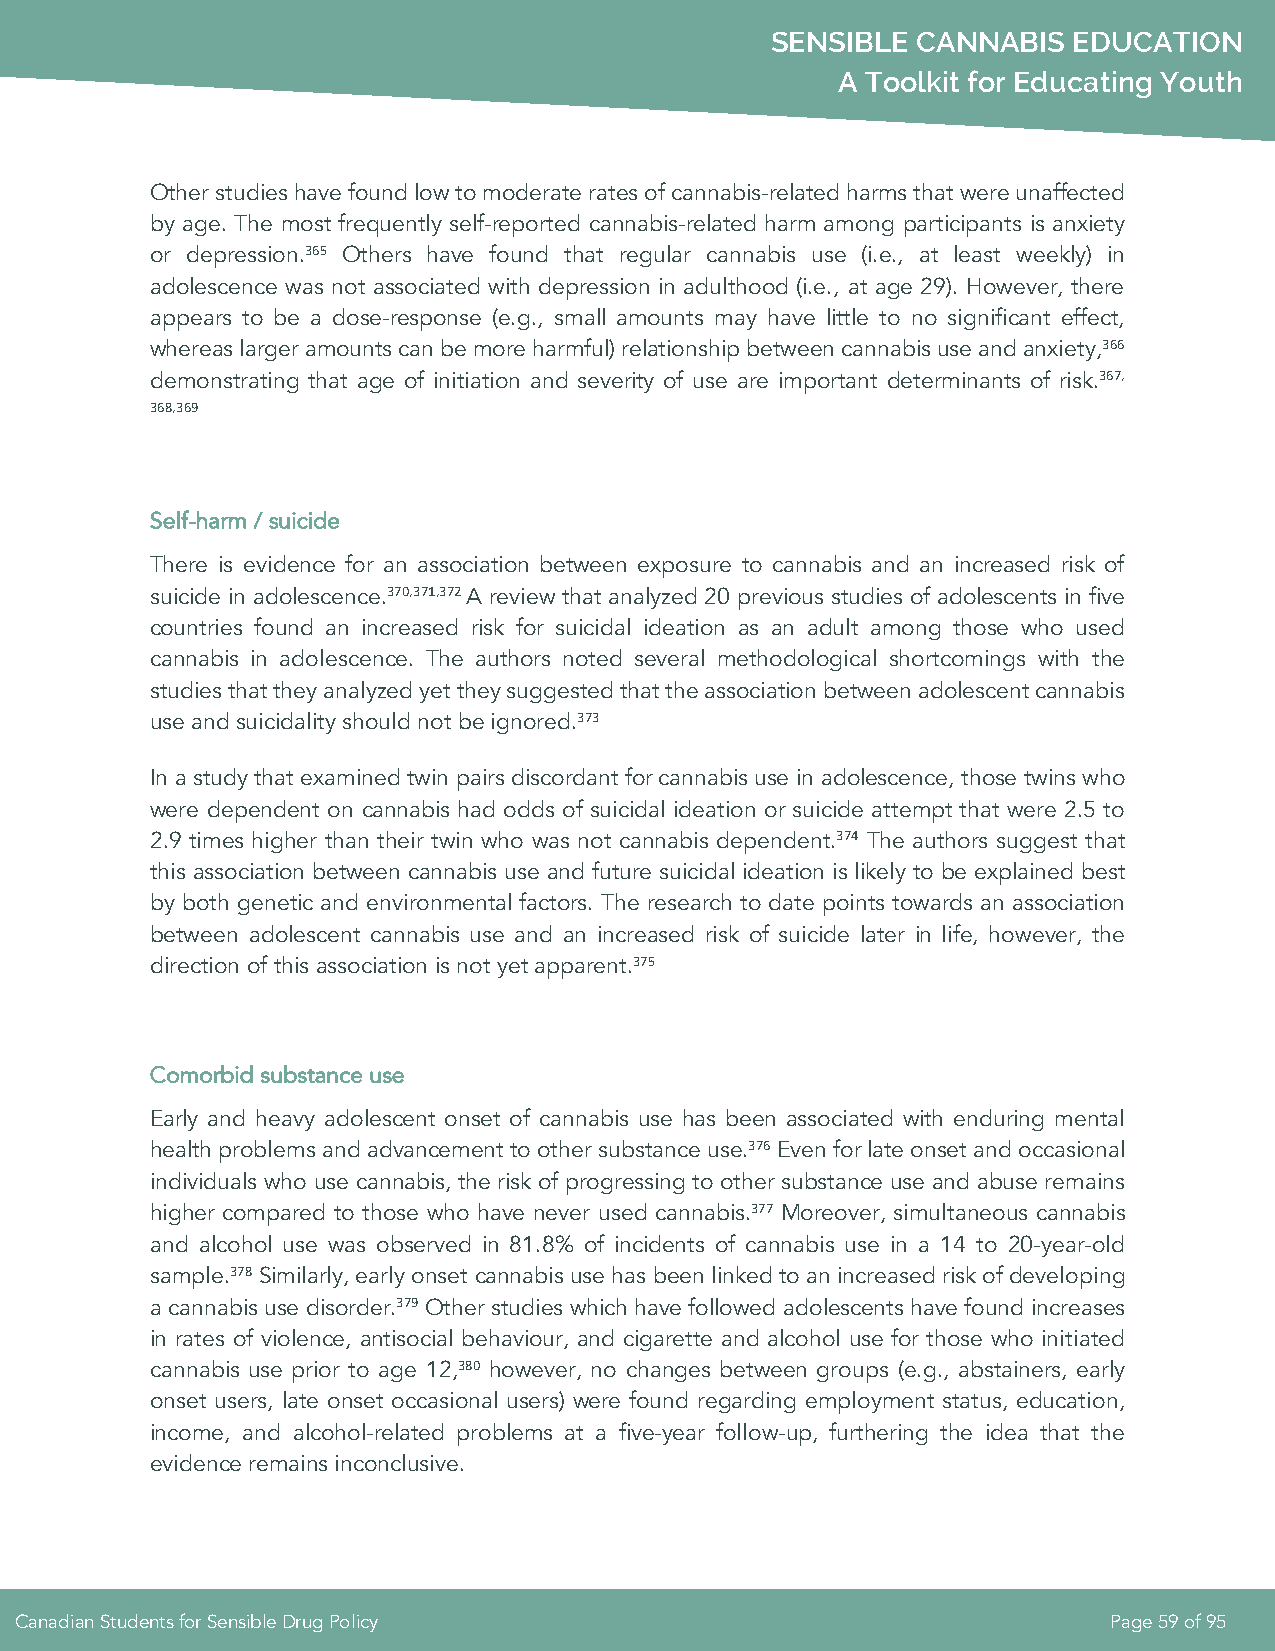
SENSIBLE  CANNABIS  EDUCATION
 A Toolkit for Educating Youth
 Other studies have found low to moderate rates of cannabis-related harms that were unaffected
 by age. The most frequently self-reported cannabis-related harm among participants is anxiety
 or depression.365 Others have found that regular cannabis use (i.e., at least weekly) in
 adolescence was not associated with depression in adulthood (i.e., at age 29). However, there
 appears to be a dose-response (e.g., small amounts may have little to no significant effect,
 whereas larger amounts can be more harmful) relationship between cannabis use and anxiety,366
 demonstrating that age of initiation and severity of use are important determinants of risk.367,
 368,369
 Self-harm / suicide
 There is evidence for an association between exposure to cannabis and an increased risk of
 suicide in adolescence.370,371,372 A review that analyzed 20 previous studies of adolescents in five
 countries found an increased risk for suicidal ideation as an adult among those who used
 cannabis in adolescence. The authors noted several methodological shortcomings with the
 studies that they analyzed yet they suggested that the association between adolescent cannabis
 use and suicidality should not be ignored.373
 In a study that examined twin pairs discordant for cannabis use in adolescence, those twins who
 were dependent on cannabis had odds of suicidal ideation or suicide attempt that were 2.5 to
 2.9 times higher than their twin who was not cannabis dependent.374 The authors suggest that
 this association between cannabis use and future suicidal ideation is likely to be explained best
 by both genetic and environmental factors. The research to date points towards an association
 between adolescent cannabis use and an increased risk of suicide later in life, however, the
 direction of this association is not yet apparent.375
 Comorbid substance use
 Early and heavy adolescent onset of cannabis use has been associated with enduring mental
 health problems and advancement to other substance use.376 Even for late onset and occasional
 individuals who use cannabis, the risk of progressing to other substance use and abuse remains
 higher compared to those who have never used cannabis.377 Moreover, simultaneous cannabis
 and alcohol use was observed in 81.8% of incidents of cannabis use in a 14 to 20-year-old
 sample.378 Similarly, early onset cannabis use has been linked to an increased risk of developing
 a cannabis use disorder.379 Other studies which have followed adolescents have found increases
 in rates of violence, antisocial behaviour, and cigarette and alcohol use for those who initiated
 cannabis use prior to age 12,380 however, no changes between groups (e.g., abstainers, early
 onset users, late onset occasional users) were found regarding employment status, education,
 income, and alcohol-related problems at a five-year follow-up, furthering the idea that the
 evidence remains inconclusive.
 Canadian Students for Sensible Drug Policy                              Page 59 of 95